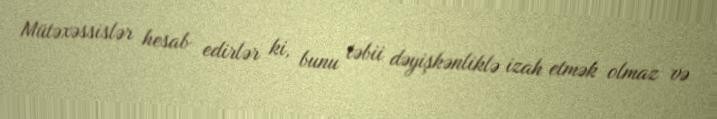
Mütəxəssislər hesab edirlər ki, bunu təbii dəyişkənliklə izah etmək olmaz və